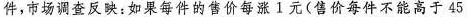
件，市场调查反映：如果每件的售价每涨1元(售价每件不能高于45